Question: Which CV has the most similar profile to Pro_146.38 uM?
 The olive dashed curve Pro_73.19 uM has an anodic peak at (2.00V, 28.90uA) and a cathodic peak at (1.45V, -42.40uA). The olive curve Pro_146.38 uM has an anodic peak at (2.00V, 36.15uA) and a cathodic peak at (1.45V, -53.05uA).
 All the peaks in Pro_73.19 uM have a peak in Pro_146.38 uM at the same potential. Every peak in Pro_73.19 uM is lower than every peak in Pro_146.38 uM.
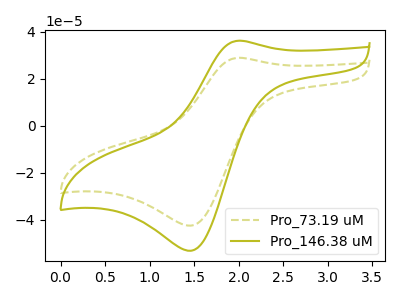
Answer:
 <answer>The CV with the most similar shape to "Pro_73.19 uM" is "Pro_146.38 uM".</answer>
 <eval>"Pro_146.38 uM"</eval>